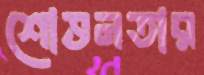
শোভনতার